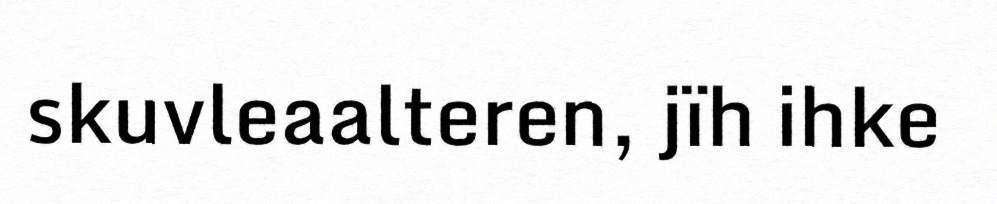
skuvleaalteren, jïh ihke